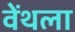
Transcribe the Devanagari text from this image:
वेंथला